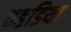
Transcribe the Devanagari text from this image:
पहडिया